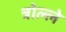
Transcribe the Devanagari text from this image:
त्रोल्ले